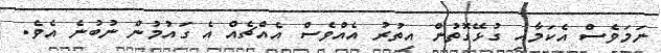
ނަމަވެސް އެކަމާއި ގުޅޭގޮތުން އިތުރު އެއްވެސް އެއްޗެއް އެ ގައުމުން ނުބުނެ އެވެ.